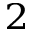
^ 2